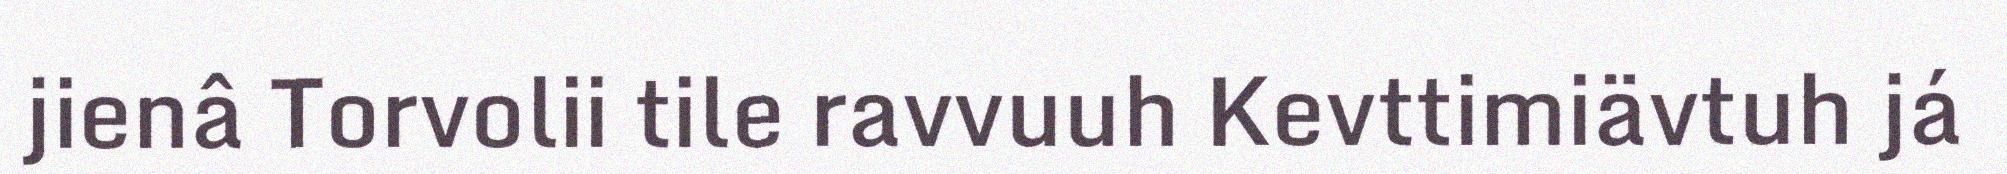
jienâ Torvolii tile ravvuuh Kevttimiävtuh já